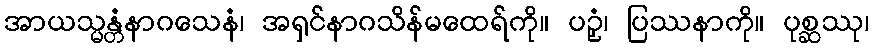
အာယသ္မန္တံနာဂသေနံ၊ အရှင်နာဂသိန်မထေရ်ကို။ ပဉှံ၊ ပြဿနာကို။ ပုစ္ဆဿု၊